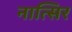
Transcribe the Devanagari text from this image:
नात्सिर